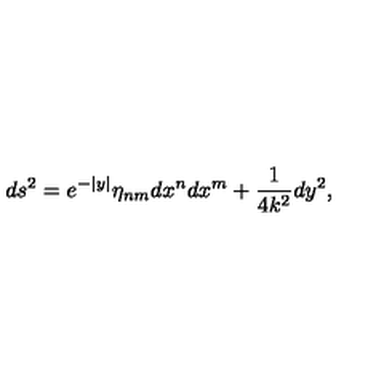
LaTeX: d s ^ { 2 } = e ^ { - | y | } \eta _ { n m } d x ^ { n } d x ^ { m } + \frac { 1 } { 4 k ^ { 2 } } d y ^ { 2 } ,